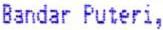
BANDAR PUTERI,